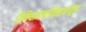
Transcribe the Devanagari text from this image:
विविधज्ञानविस्तारातून